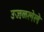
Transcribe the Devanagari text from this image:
उजळलेले